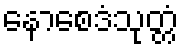
နောစေဒံသုတ္တံ